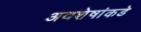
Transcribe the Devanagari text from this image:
अवशेषांकडे